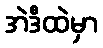
အဲဒီထဲမှာ